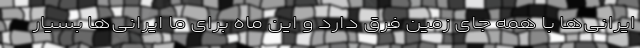
ایرانی‌ها با همه جای زمین فرق دارد و این ماه برای ما ایرانی‌ها بسیار